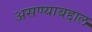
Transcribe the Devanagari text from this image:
असण्याबद्दाल